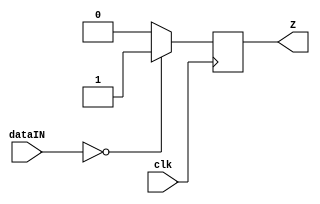
//author - Chathura Jayasankha Gamage

module regZ
#(parameter dataWidth = 16)
(
input clk,
input [dataWidth-1:0] dataIN,
output reg Z
);

always@(negedge clk)
begin
if(dataIN==0)
	Z<=1;
else
	Z<=0;
end

endmodule